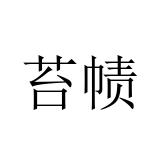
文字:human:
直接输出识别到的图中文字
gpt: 苔帻